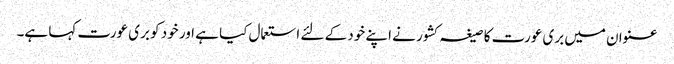
عنوان میں بری عورت کا صیغہ کشور نے اپنے خود کے لئے استعمال کیا ہے اور خود کو بری عورت کہا ہے۔